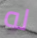
له